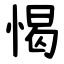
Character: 愒